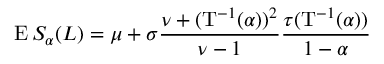
\operatorname { E } S _ { \alpha } ( L ) = \mu + \sigma { \frac { \nu + ( \mathrm { T } ^ { - 1 } ( \alpha ) ) ^ { 2 } } { \nu - 1 } } { \frac { \tau ( \mathrm { T } ^ { - 1 } ( \alpha ) ) } { 1 - \alpha } }